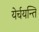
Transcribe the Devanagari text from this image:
येर्चयन्ति